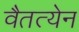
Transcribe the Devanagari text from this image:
वैतत्येन